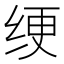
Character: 绠